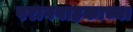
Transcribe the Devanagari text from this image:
परागवाहकाच्या